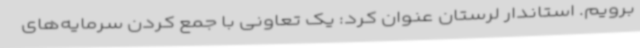
برویم. استاندار لرستان عنوان کرد: یک تعاونی با جمع کردن سرمایه‌های